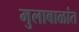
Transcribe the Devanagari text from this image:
मुलाबाळांत